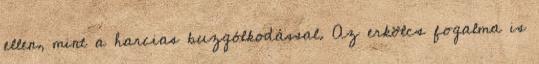
ellen, mint a harcias buzgólkodással. Az erkölcs fogalma is